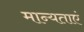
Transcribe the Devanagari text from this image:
मान्‍यताएं